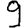
Digit: 9